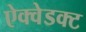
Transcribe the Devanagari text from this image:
ऐक्वेडक्ट